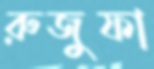
রুজুফা